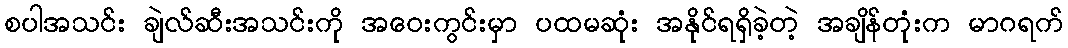
စပါအသင်း ချဲလ်ဆီးအသင်းကို အဝေးကွင်းမှာ ပထမဆုံး အနိုင်ရရှိခဲ့တဲ့ အချိန်တုံးက မာဂရက်